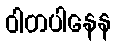
ဝါတပါနေန